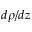
d \rho / d z